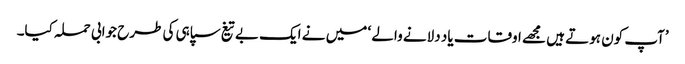
’آپ کون ہوتے ہیں مجھے اوقات یاد دلانے والے ‘ میں نے ایک بے تیغ سپاہی کی طرح جوابی حملہ کیا۔